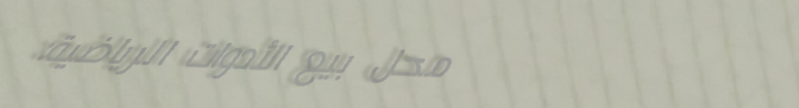
محل بيع الأدوات الرياضية: